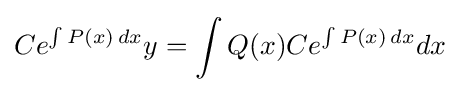
Ce^{\int P(x)\,dx}y=\int Q(x)Ce^{\int P(x)\,dx}dx